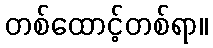
တစ်ထောင့်တစ်ရာ။